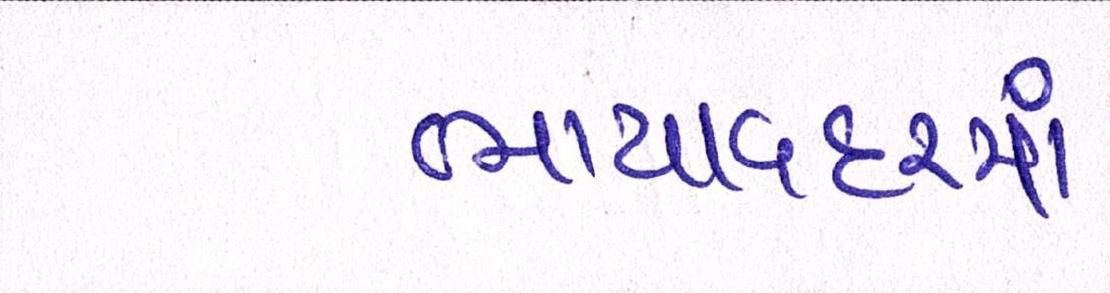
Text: ભાયાવદરમાં